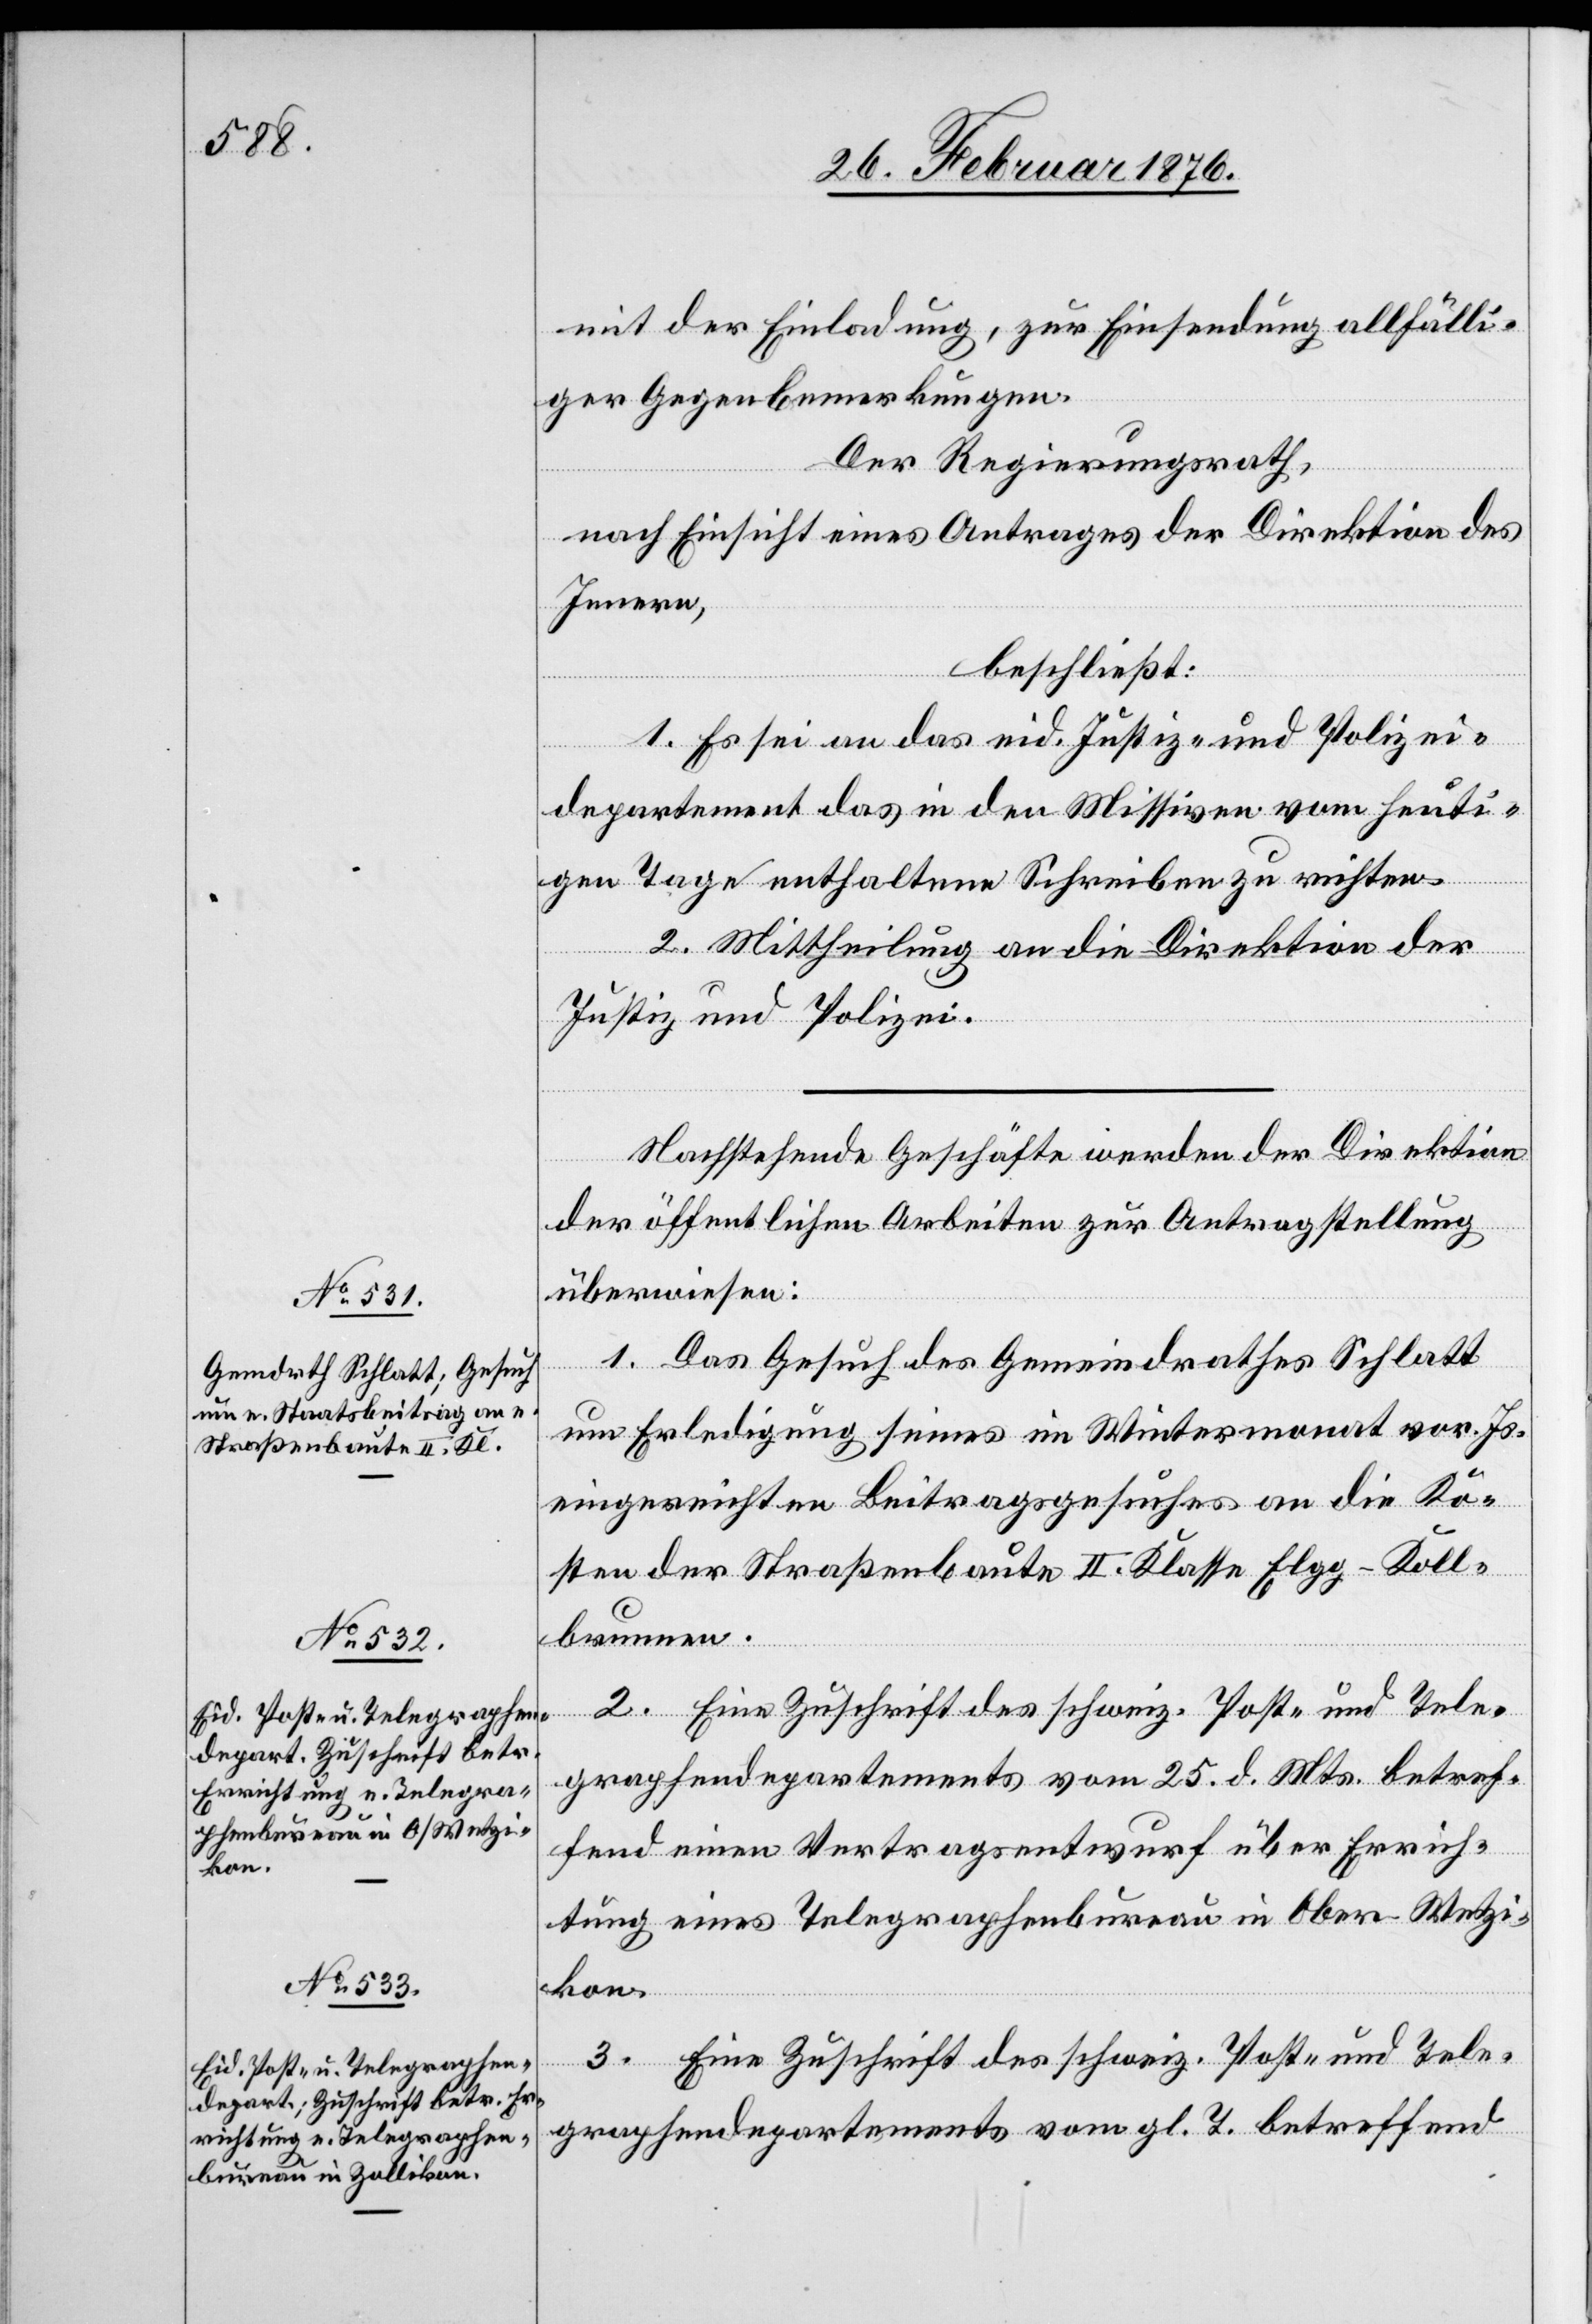
28. Februar 1876.]
mit der Einladung, zur Einsendung allfälli¬
ger Gegenbemerkungen.
Der Regierungsrath,
nach Einsicht eines Antrages der Direktion des
Innern,
beschließt:
1. Es sei an das eid. Justiz- und Polizei¬
departement das in den Missiven vom heuti¬
gen Tage enthaltene Schreiben zu richten.
2. Mittheilung an die Direktion der
Justiz und Polizei.
Nachstehende Geschäfte werden der Direktion
der öffentlichen Arbeiten zur Antragstellung
überwiesen:
1. Das Gesuch des Gemeindrathes Schlatt
um Erledigung seines im Wintermonat vor. Js.
eingereichten Beitragsgesuches an die Ko¬
sten der Straßenbaute II. Klasse Elgg–Koll¬
brunnen.
2. Eine Zuschrift des schweiz. Post- und Tele¬
graphendepartements vom 25. d. Mts. betref¬
fend einen Vertragsentwurf über Errich¬
tung eines Telegraphenbureau in Ober-Wetzi¬
kon.
3. Eine Zuschrift des schweiz. Post- und Tele¬
graphendepartements vom gl. T. betreffend